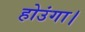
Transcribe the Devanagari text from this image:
होउंगा।